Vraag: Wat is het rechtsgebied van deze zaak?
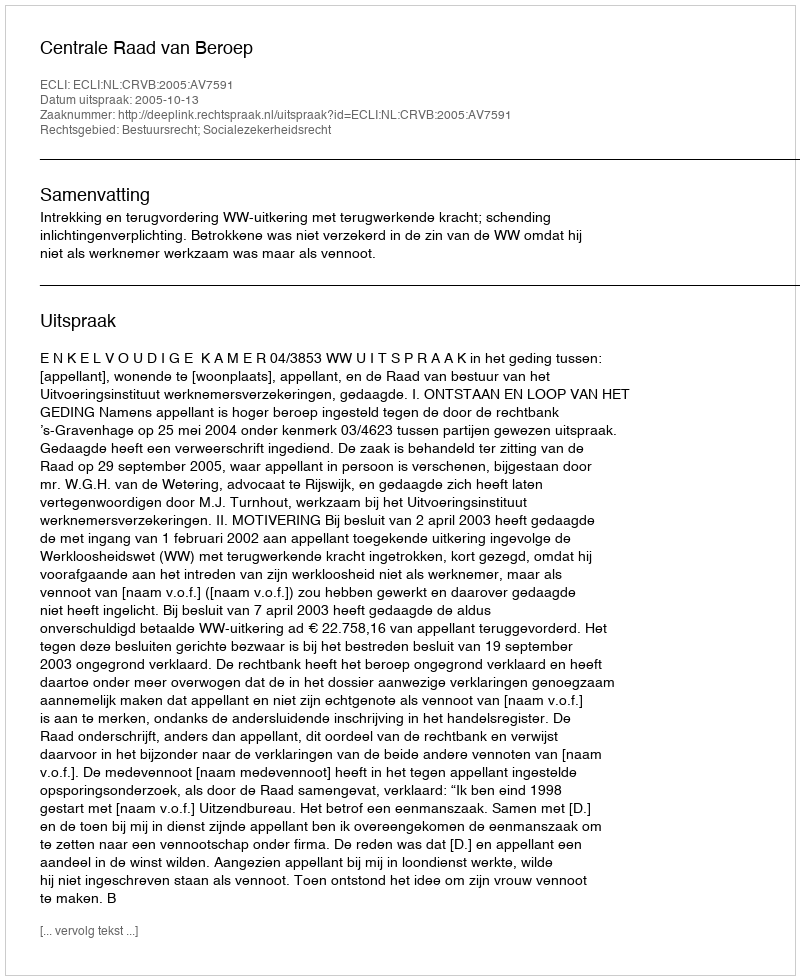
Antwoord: Bestuursrecht; Socialezekerheidsrecht